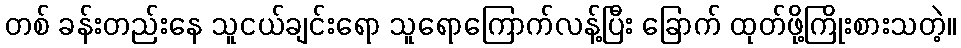
တစ် ခန်းတည်းနေ သူငယ်ချင်းရော သူရောကြောက်လန့်ပြီး ခြောက် ထုတ်ဖို့ကြိုးစားသတဲ့။